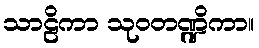
သာဠိကာ သုဝတဏ္ဍိကာ။